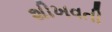
શીખવતી